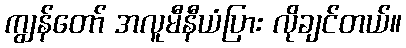
ကျွန်တော် အလူမီနီယံပြား လိုချင်တယ်။